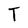
Character: T